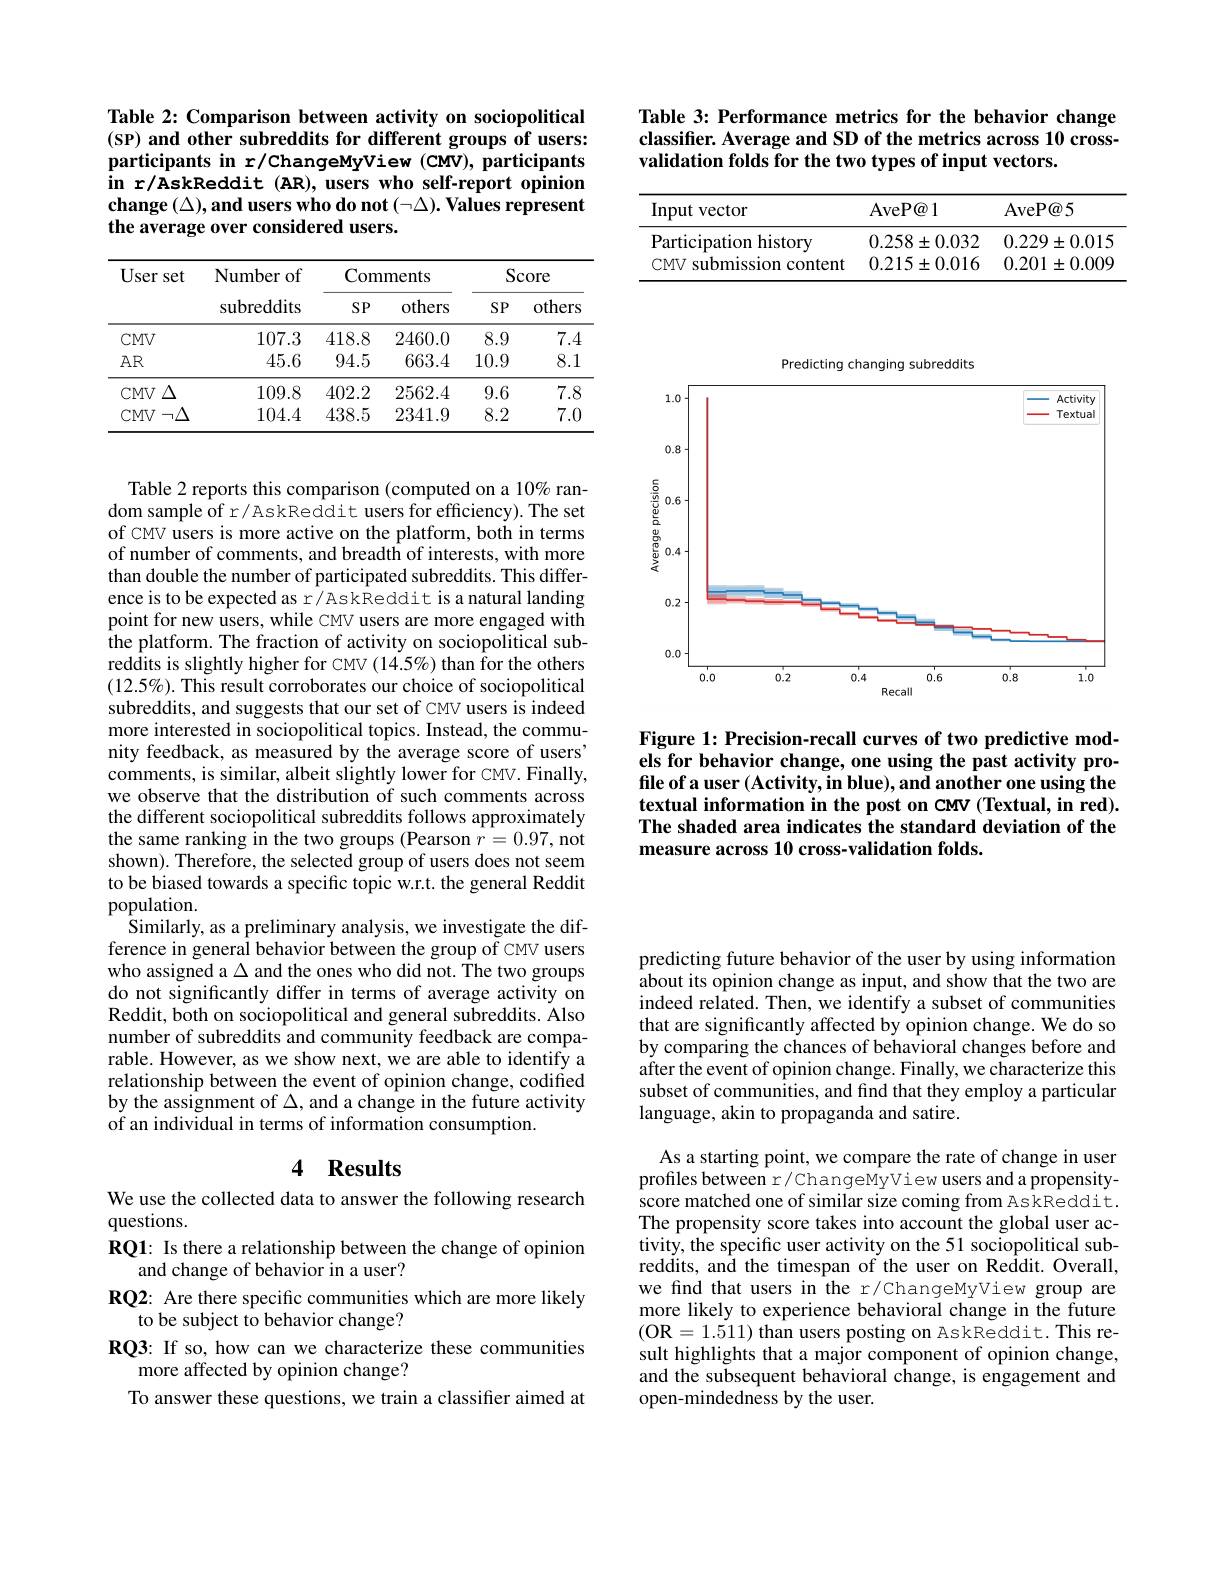
Table 3: Performance metrics for the behavior change classifer. Average and SD of the metrics across 10 crossvalidation folds for the two types of input vectors.

<table>
	<tbody>
		<tr>
			<th>Input vector</th>
			<th>AveP@ 1</th>
			<th>AveP@ 5</th>
		</tr>
		<tr>
			<td>Participation history</td>
			<td>$0.258\pm0.032$</td>
			<td>$0.229\pm0.015$</td>
		</tr>
		<tr>
			<td>CMV s submission c content</td>
			<td>$0.215\pm0.016$</td>
			<td>0.201= $\pm0.009$</td>
		</tr>
	</tbody>
</table>

Table 2: Comparison between activity on sociopolitical (SP) and other subreddits for different groups of users: participants in r/ChangeMyView (CMV), participants in r/AskReddit (AR), users who self-report opinion change $( \Delta ) , \textbf{and users who do not }( \neg \Delta ) . \textbf{ Values represent}$ the average over considered users.

<table>
	<tbody>
		<tr>
			<th rowspan="2">User s set</th>
			<th rowspan="2">Number of subreddits</th>
			<th colspan="2">Comments</th>
			<th colspan="2">Score</th>
		</tr>
		<tr>
			<th>$SP$</th>
			<th>others</th>
			<th>$SP$</th>
			<th>others</th>
		</tr>
		<tr>
			<td>$CMV$</td>
			<td>107.3</td>
			<td>418.8</td>
			<td>2460.0</td>
			<td>8.9</td>
			<td>7.4</td>
		</tr>
		<tr>
			<td>$AR$</td>
			<td>45.6</td>
			<td>94.5</td>
			<td>663.4</td>
			<td>10.9</td>
			<td>8.1</td>
		</tr>
		<tr>
			<td>$\because\Delta$ $CMV$</td>
			<td>109.8</td>
			<td>402.2</td>
			<td>2562.4</td>
			<td>9.6</td>
			<td>7.8</td>
		</tr>
		<tr>
			<td>CMV$\neg \Delta$</td>
			<td>104.4</td>
			<td>438.5</td>
			<td>2341.9</td>
			<td>8.2</td>
			<td>7.0</td>
		</tr>
	</tbody>
</table>

Table 2 reports this comparison (computed on a 10% random sample of r/AskReddit users for efficiency). The set of CMV users is more active on the platform, both in terms of number of comments, and breadth of interests, with more than double the number of participated subreddits. This difference is to be expected as r/AskReddit is a natural landing point for new users, while CMV users are more engaged with the platform. The fraction of activity on sociopolitical subreddits is slightly higher for CMV (14.5%) than for the others $(12.5\%).$ This result corroborates our choice of sociopolitical subreddits, and suggests that our set of CMV users is indeed more interested in sociopolitical topics. Instead, the community feedback, as measured by the average score of users' comments, is similar, albeit slightly lower for CMV. Finally, we observe that the distribution of such comments across the different sociopolitical subreddits follows approximately the same ranking in the two groups (Pearson $r=0.97$, not shown). Therefore, the selected group of users does not seem to be biased towards a specific topic w.r.t. the general Reddit population.
Similarly, as a preliminary analysis, we investigate the difference in general behavior between the group of CMV users who assigned a $\Delta$ and the ones who did not. The two groups do not significantly differ in terms of average activity on Reddit, both on sociopolitical and general subreddits. Also number of subreddits and community feedback are comparable. However, as we show next, we are able to identify a relationship between the event of opinion change, codiffed by the assignment of $\Delta$, and a change in the future activity of an individual in terms of information consumption.

## 4 Results

We use the collected data to answer the following research
questions.
RQ1: Is there a relationship between the change of opinion
and change of behavior in a user?
RQ2: Are there specific communities which are more likely
to be subject to behavior change?
RQ3: If so, how can we characterize these communities
more affected by opinion change?
To answer these questions, we train a classifier aimed at

<FigureHere>

Figure 1: Precision-recall curves of two predictive models for behavior change, one using the past activity profile of a user (Activity, in blue), and another one using the textual information in the post on CMV (Textual, in red). The shaded area indicates the standard deviation of the measure across 10 cross-validation folds.

predicting future behavior of the user by using information about its opinion change as input, and show that the two are indeed related. Then, we identify a subset of communities that are significantly affected by opinion change. We do so by comparing the chances of behavioral changes before and after the event of opinion change. Finally, we characterize this subset of communities, and find that they employ a particular language, akin to propaganda and satire.

As a starting point, we compare the rate of change in user profiles between r/ ChangeMyView users and a propensityscore matched one of similar size coming from AskReddit. The propensity score takes into account the global user activity, the specific user activity on the 51 sociopolitical subreddits, and the timespan of the user on Reddit. Overall, we find that users in the r/ChangeMyView group are more likely to experience behavioral change in the future (OR=1.511) than users posting on AskReddit. This result highlights that a major component of opinion change, and the subsequent behavioral change, is engagement and open-mindedness by the user.